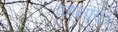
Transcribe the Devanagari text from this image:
पहनाएँ।